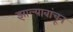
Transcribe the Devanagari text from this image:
झाल्यावांचून